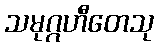
သမုဂ္ဂဟီတေသု